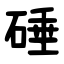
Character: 硾